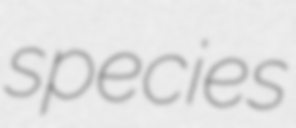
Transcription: species